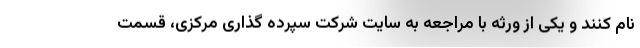
نام کنند و یکی از ورثه با مراجعه به سایت شرکت سپرده گذاری مرکزی، قسمت